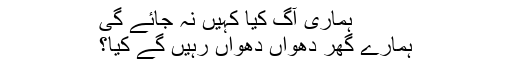
ہماری آگ کیا کہیں نہ جائے گی
ہمارے گھر دھواں دھواں رہیں گے کیا؟